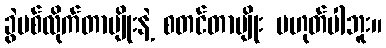
ခွဲပစ်လိုက်တာမျိုးနဲ့ စတင်တာမျိုး မဟုတ်ပါဘူး။